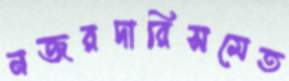
নজরদারিসমেত